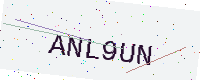
Text: ANL9UN